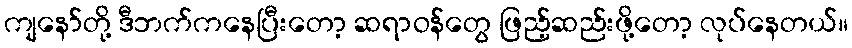
ကျနော်တို့ ဒီဘက်ကနေပြီးတော့ ဆရာဝန်တွေ ဖြည့်ဆည်းဖို့တော့ လုပ်နေတယ်။